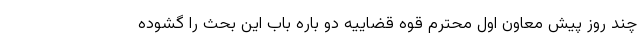
چند روز پیش معاون اول محترم قوه قضاییه دو باره باب این بحث را گشوده